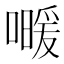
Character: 𰈰